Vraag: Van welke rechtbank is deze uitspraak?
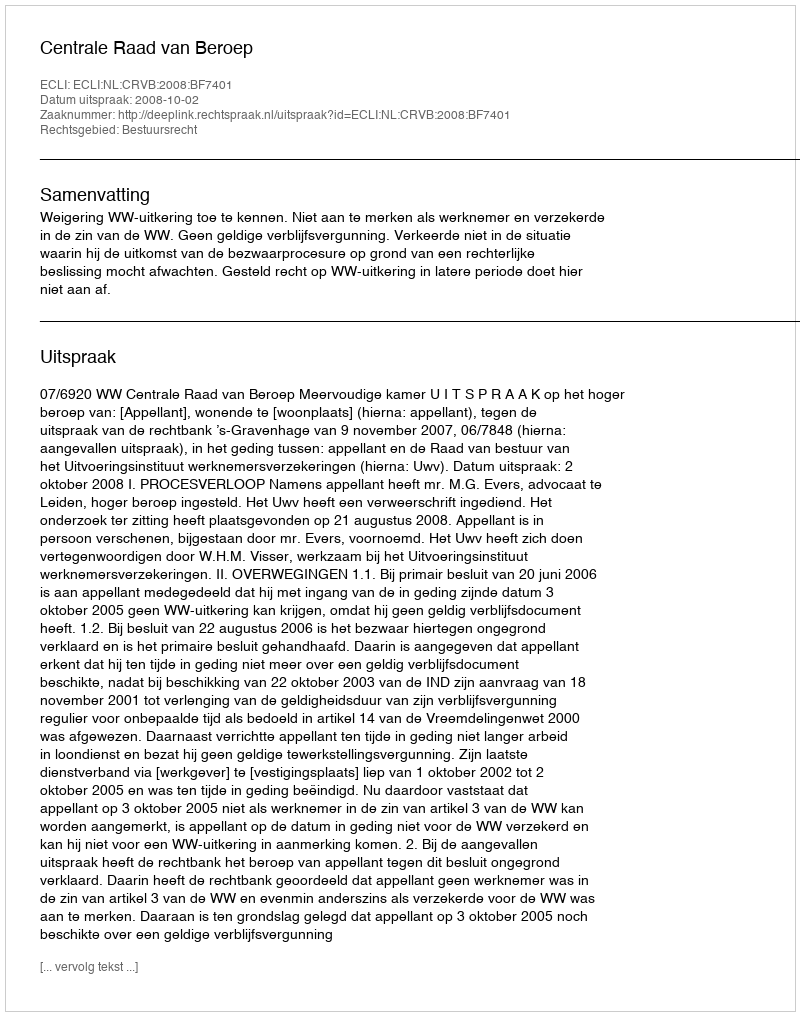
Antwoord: Centrale Raad van Beroep